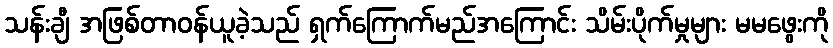
သန်းချီ အဖြစ်တာဝန်ယူခဲ့သည် ရှက်ကြောက်မည်အကြောင်း သိမ်းပိုက်မှုများ မမဖွေးကို